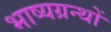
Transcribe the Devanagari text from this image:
भाष्यग्रन्थों